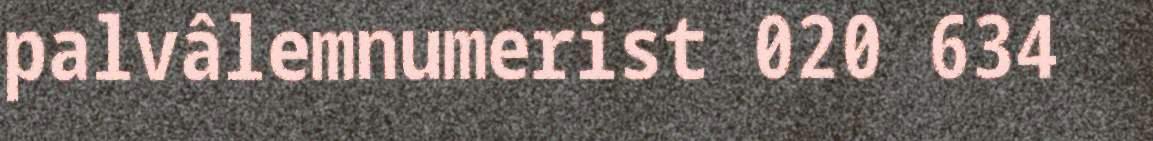
palvâlemnumerist 020 634